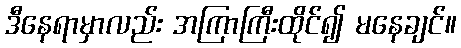
ဒီနေရာမှာလည်း အကြာကြီးထိုင်၍ မနေချင်။